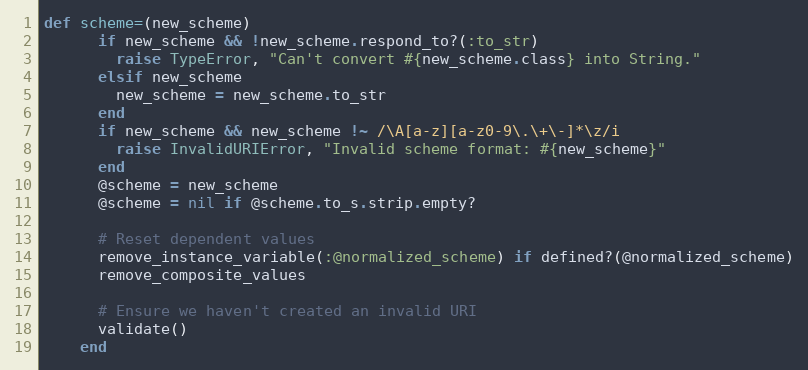
Language: Ruby
def scheme=(new_scheme)
      if new_scheme && !new_scheme.respond_to?(:to_str)
        raise TypeError, "Can't convert #{new_scheme.class} into String."
      elsif new_scheme
        new_scheme = new_scheme.to_str
      end
      if new_scheme && new_scheme !~ /\A[a-z][a-z0-9\.\+\-]*\z/i
        raise InvalidURIError, "Invalid scheme format: #{new_scheme}"
      end
      @scheme = new_scheme
      @scheme = nil if @scheme.to_s.strip.empty?

      # Reset dependent values
      remove_instance_variable(:@normalized_scheme) if defined?(@normalized_scheme)
      remove_composite_values

      # Ensure we haven't created an invalid URI
      validate()
    end